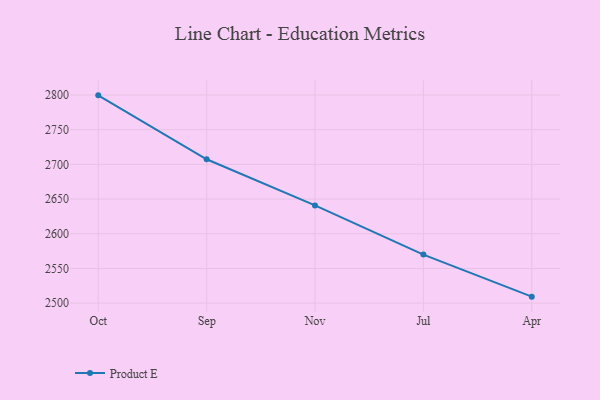
{"axis": {"x": "Month", "y": "Headcount"}, "legend": ["Product E"], "data": [{"x": "Oct", "y": 2799.4, "type": "Product E"}, {"x": "Sep", "y": 2707.3, "type": "Product E"}, {"x": "Nov", "y": 2640.8, "type": "Product E"}, {"x": "Jul", "y": 2570.0, "type": "Product E"}, {"x": "Apr", "y": 2509.4, "type": "Product E"}]}